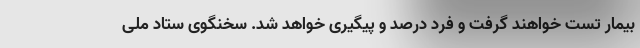
بیمار تست خواهند گرفت و فرد درصد و پیگیری خواهد شد. سخنگوی ستاد ملی